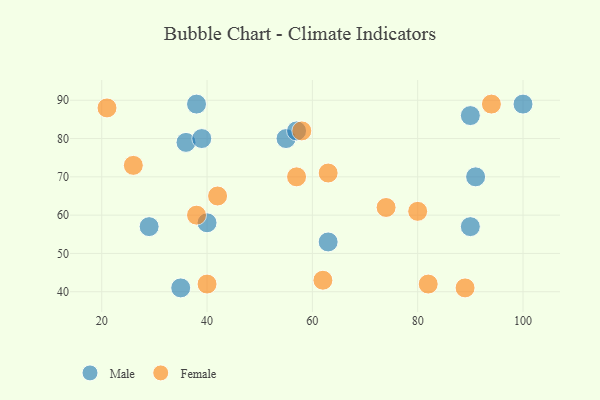
{"axis": {"x": "GDP", "y": "Life Expectancy"}, "legend": ["Female", "Male"], "data": [{"x": "36", "y": 79, "type": "Male"}, {"x": "35", "y": 41, "type": "Male"}, {"x": "100", "y": 89, "type": "Male"}, {"x": "40", "y": 58, "type": "Male"}, {"x": "39", "y": 80, "type": "Male"}, {"x": "55", "y": 80, "type": "Male"}, {"x": "90", "y": 57, "type": "Male"}, {"x": "63", "y": 53, "type": "Male"}, {"x": "38", "y": 89, "type": "Male"}, {"x": "90", "y": 86, "type": "Male"}, {"x": "91", "y": 70, "type": "Male"}, {"x": "57", "y": 82, "type": "Male"}, {"x": "29", "y": 57, "type": "Male"}, {"x": "62", "y": 43, "type": "Female"}, {"x": "63", "y": 71, "type": "Female"}, {"x": "94", "y": 89, "type": "Female"}, {"x": "42", "y": 65, "type": "Female"}, {"x": "89", "y": 41, "type": "Female"}, {"x": "57", "y": 70, "type": "Female"}, {"x": "82", "y": 42, "type": "Female"}, {"x": "80", "y": 61, "type": "Female"}, {"x": "21", "y": 88, "type": "Female"}, {"x": "40", "y": 42, "type": "Female"}, {"x": "74", "y": 62, "type": "Female"}, {"x": "58", "y": 82, "type": "Female"}, {"x": "26", "y": 73, "type": "Female"}, {"x": "38", "y": 60, "type": "Female"}]}